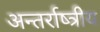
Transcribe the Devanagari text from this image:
अन्तर्राष्त्रीय